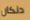
دنكان